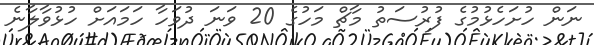
ނަން ހުށަހެޅުމުގެ ފުރުސަތު މާޗް މަހުގެ 20 ވަނަ ދުވަހާ ހަމައަށް ހުޅުވާލާނެ